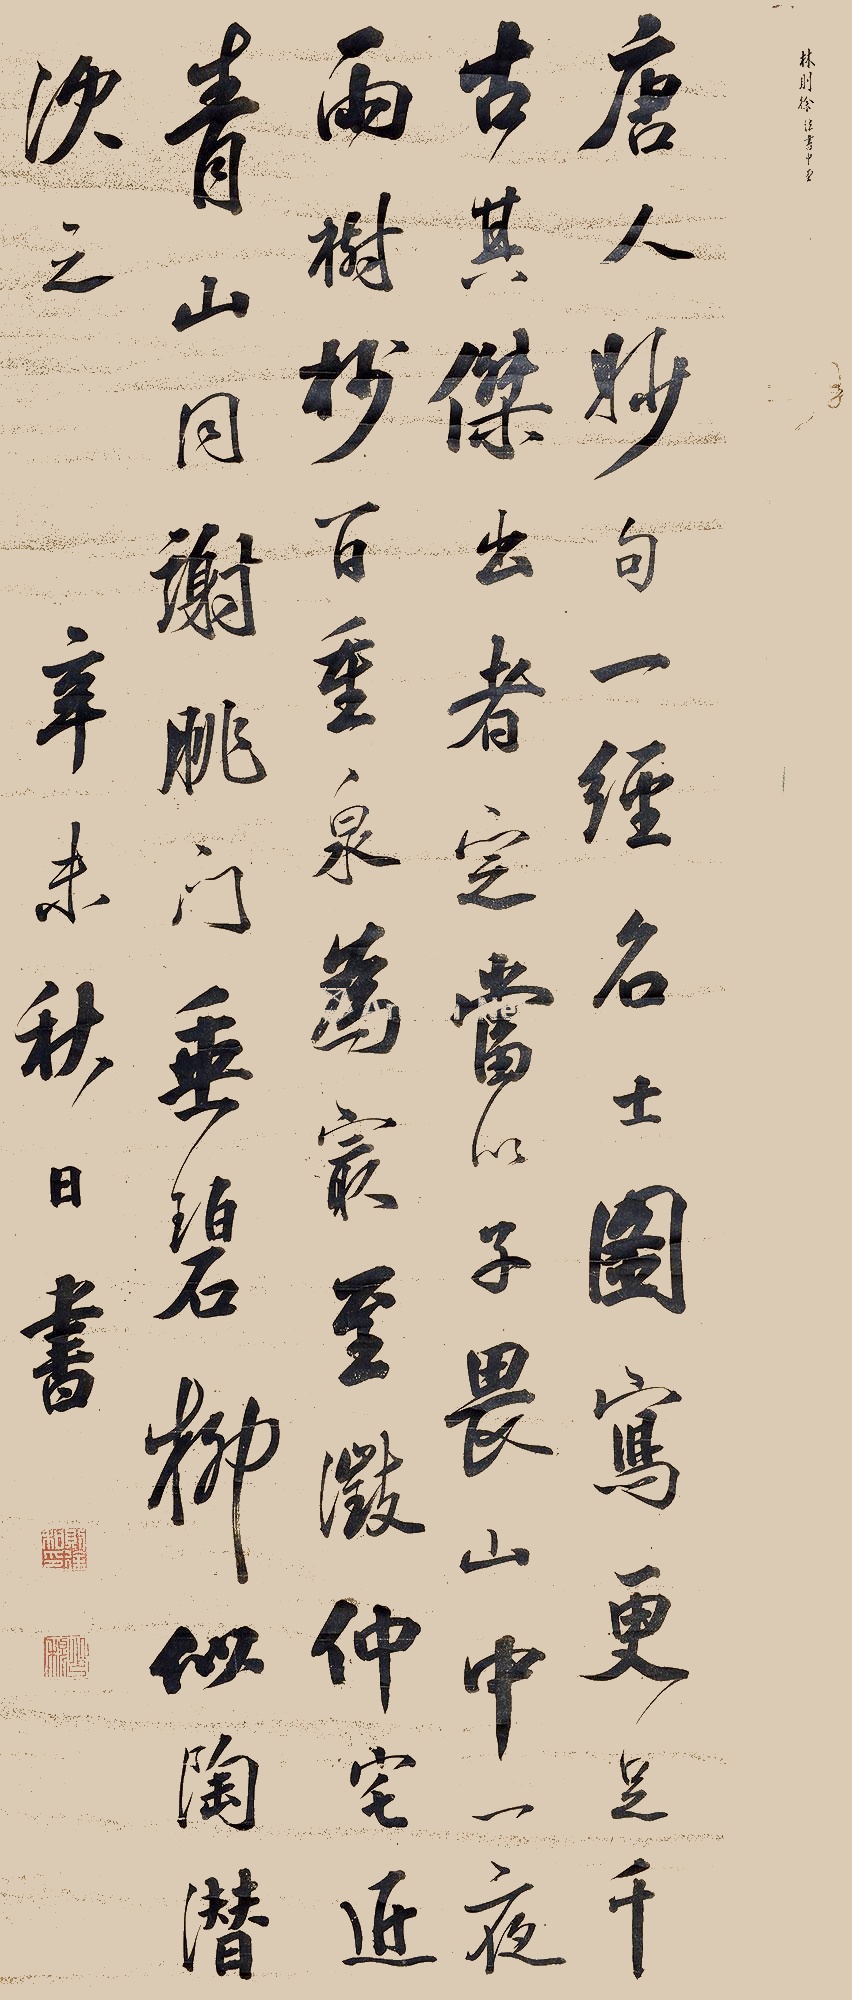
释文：唐人妙句一经名士图写唐人妙句，一经名士图写，更足千古。其杰出者，定当以子畏“山中一夜雨，树杪百重泉”为最;征仲“宅近青山同谢朓，门垂碧柳似陶潜”次之。辛未秋日叔。